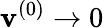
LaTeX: \boldsymbol{\mathbf{v}}^{(0)}\to0